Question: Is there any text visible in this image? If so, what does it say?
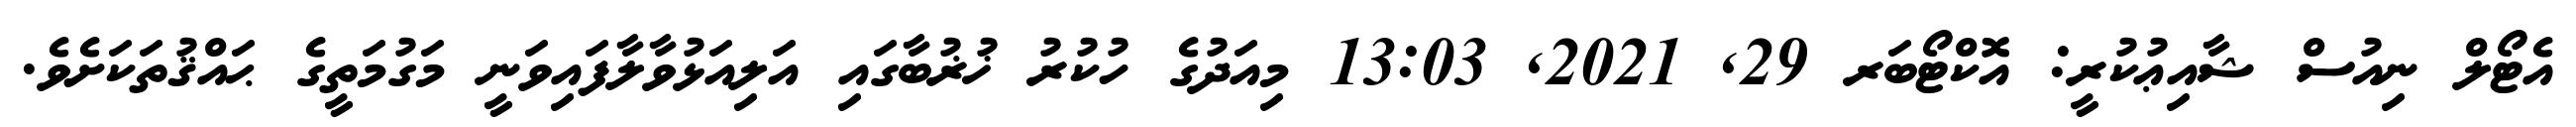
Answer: އެޓޯލް ނިއުސް ޝާއިޢުކުރީ: އޮކްޓޯބަރ 29, 2021, 13:03 މިއަދުގެ ހުކުރު ޚުޜުބާގައި އަލިއަޅުވާލާފައިވަނީ މަގުމަތީގެ ޙައްޤުތަކަށެވެ.